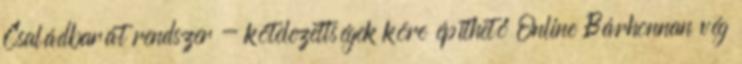
Családbarát rendszer - kötelezettségek köre építhető Online Bárhonnan vég